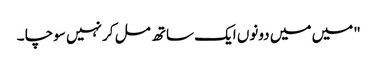
"میں میں دونوں ایک ساتھ مل کر نہیں سوچا ۔